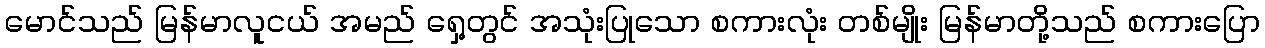
မောင်သည် မြန်မာလူငယ် အမည် ရှေ့တွင် အသုံးပြုသော စကားလုံး တစ်မျိုး မြန်မာတို့သည် စကားပြော